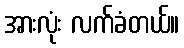
အားလုံး လက်ခံတယ်။